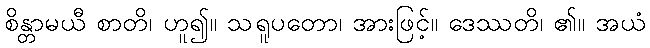
စိန္တာမယီ စာတိ၊ ဟူ၍။ သရူပတော၊ အားဖြင့်။ ဒေဿတိ၊ ၏။ အယံ